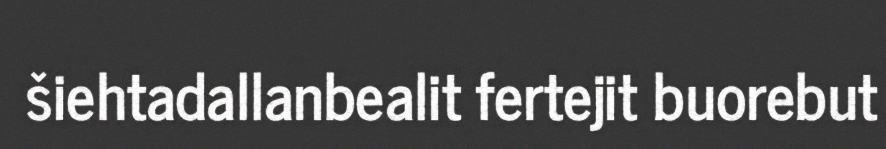
šiehtadallanbealit fertejit buorebut